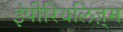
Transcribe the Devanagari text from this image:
इंपीरियलिज़्म